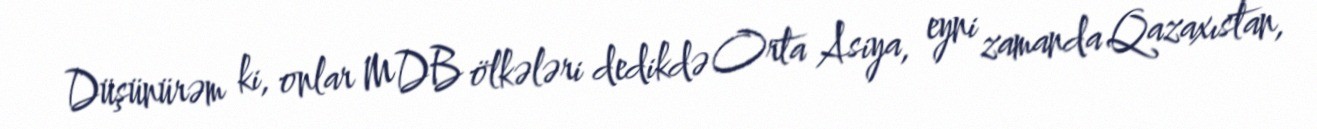
Düşünürəm ki, onlar MDB ölkələri dedikdə Orta Asiya, eyni zamanda Qazaxıstan,